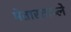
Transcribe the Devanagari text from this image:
मेतास्ताब्ले